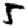
Digit: 5